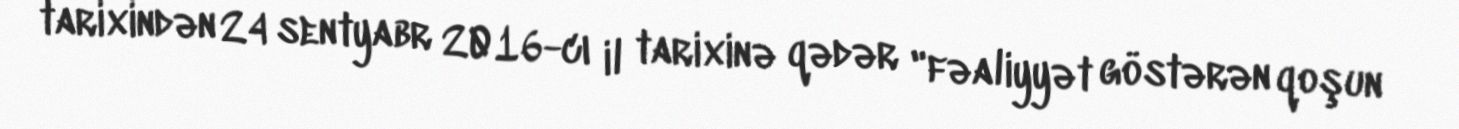
tarixindən 24 sentyabr 2016-cı il tarixinə qədər "fəaliyyət göstərən qoşun